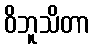
ဝိဘူသိတာ